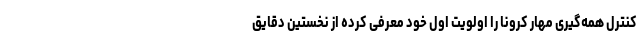
کنترل همه‌گیری مهار کرونا را اولویت اول خود معرفی کرده از نخستین دقایق